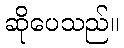
ဆိုပေသည်။